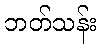
ဘတ်သန်း